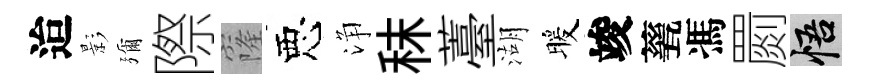
迨影彌際窿惡浄秣薹湖暖竣甆馮罽悟